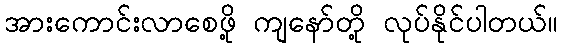
အားကောင်းလာစေဖို့ ကျနော်တို့ လုပ်နိုင်ပါတယ်။